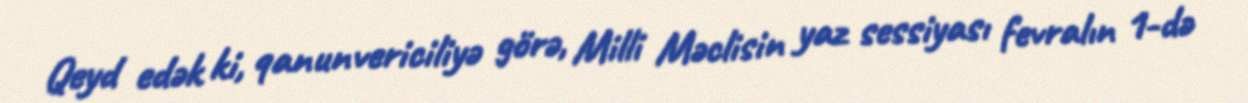
Qeyd edək ki, qanunvericiliyə görə, Milli Məclisin yaz sessiyası fevralın 1-də